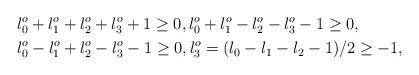
LaTeX: \begin{align*} & l_{0}^{o} + l_{1}^{o} + l_{2}^{o} + l_{3}^{o} +1 \geq0, l_{0}^{o} + l_{1}^{o} - l_{2}^{o} - l_{3}^{o} -1 \geq0 ,\\& l_{0}^{o} - l_{1}^{o} + l_{2}^{o} - l_{3}^{o} -1 \geq0 , l_{3}^{o}=(l_{0}-l_{1}-l_{2}-1)/2 \geq-1,\end{align*}